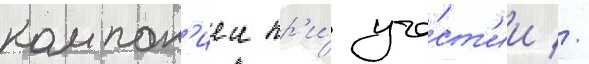
компан'иеи пр'и́ уча́ст'ии //